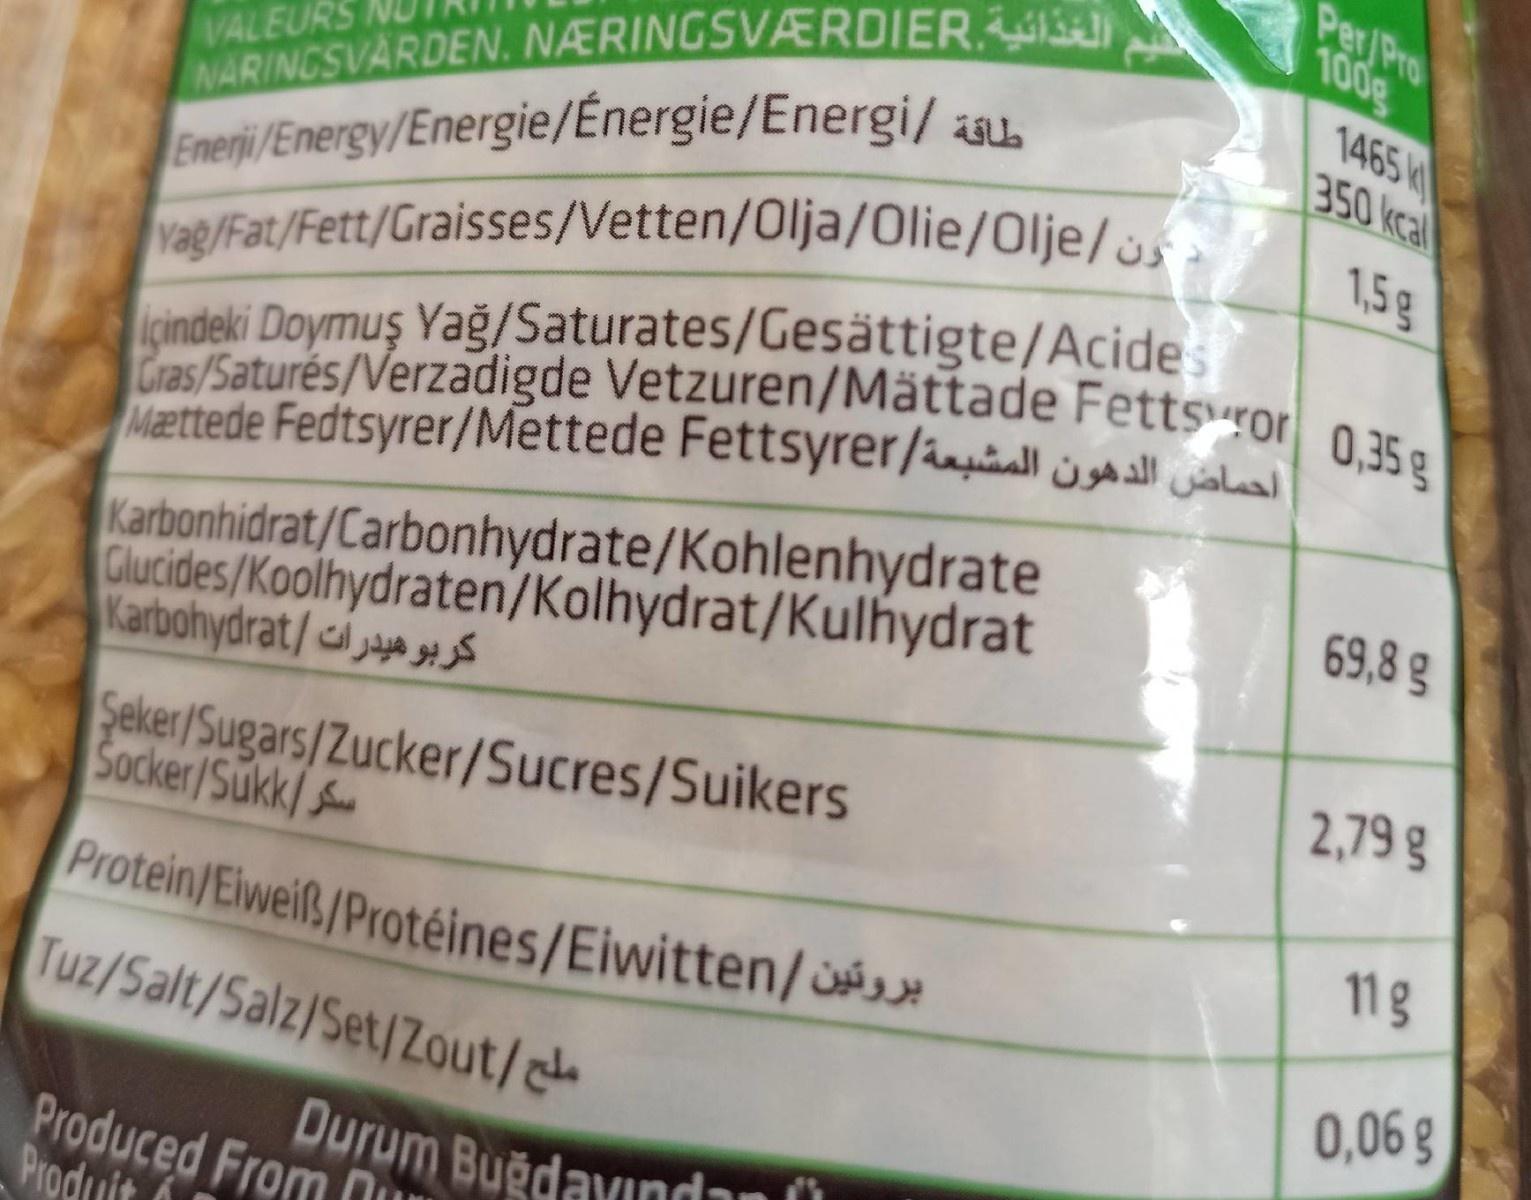
Per/Pro 100g
NARINGSVARDEN. NÆRINGSVÆRDIER Enerji/Energy/Energie/Energie/Energi/ žab vag/Fat/Fett/Graisses/Vetten/Olja/Olie/Olje/
1465 350 kcal
VALEURS
1,5g
çindeki Doymuş Yağ/Saturates/Gesättigte/Acides Cras/Saturés/Verzadigde Vetzuren/Mättade Fettsuor 0,35g Mættede Fedtsyrer/Mettede Fettsyrer/iall l
Karbonhidrat/Carbonhydrate/Kohlenhydrate Glucides/Koolhydraten/Kolhydrat/Kulhydrat Karbohydrat/a
69,8 g
2,79 g
Seker/Sugars/Zucker/Sucres/Suikers Socker/Sukk/
11 g
Protein/Eiweiß/Protéines/Eiwitten/ Tuz/Salt/Salz/Set/Zout/e
0,06 g
Durum Buğdavndan Ü
Produced From Produit